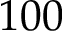
1 0 0